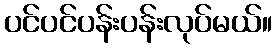
ပင်ပင်ပန်းပန်းလုပ်မယ်။